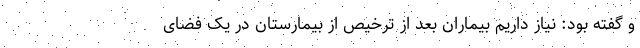
و گفته بود: نیاز داریم بیماران بعد از ترخیص از بیمارستان در یک فضای